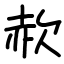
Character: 赥